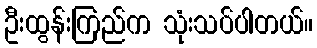
ဦးထွန်းကြည်က သုံးသပ်ပါတယ်။